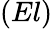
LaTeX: (El)